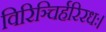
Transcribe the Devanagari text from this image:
विरिञ्चिर्हरिरधः।